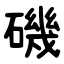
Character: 磯